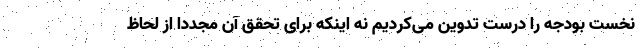
نخست بودجه را درست تدوین می‌کردیم نه اینکه برای تحقق آن مجددا از لحاظ